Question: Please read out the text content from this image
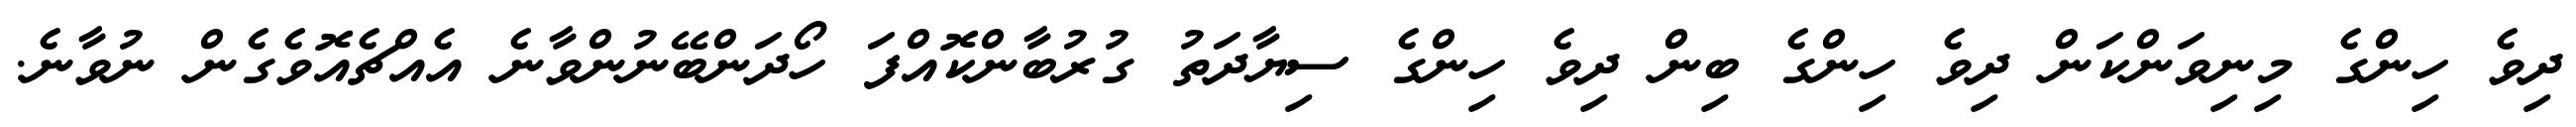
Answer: ދިވެ ހިންގެ މިނިވަންކަން ދިވެ ހިންގެ ބިން ދިވެ ހިންގެ ސިޔާދަތު ގުރުބާންކޮއްފަ ހޯދަންބޭނުންވާނެ އެއްޗެއޮވެގެން ނުވާނެ.